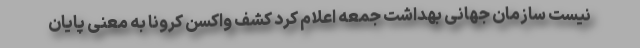
نیست سازمان جهانی بهداشت جمعه اعلام کرد کشف واکسن کرونا به معنی پایان